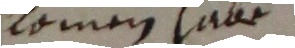
mmen habe